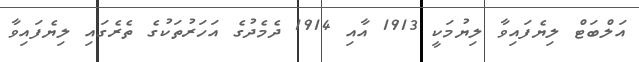
އަލްބަޓް ލިޔެފައިވާ ލިޔުމަކީ 1913 އާއި 1914 ދެމެދުގެ އަހަރުތަކުގެ ތެރެގައި ލިޔެފައިވާ